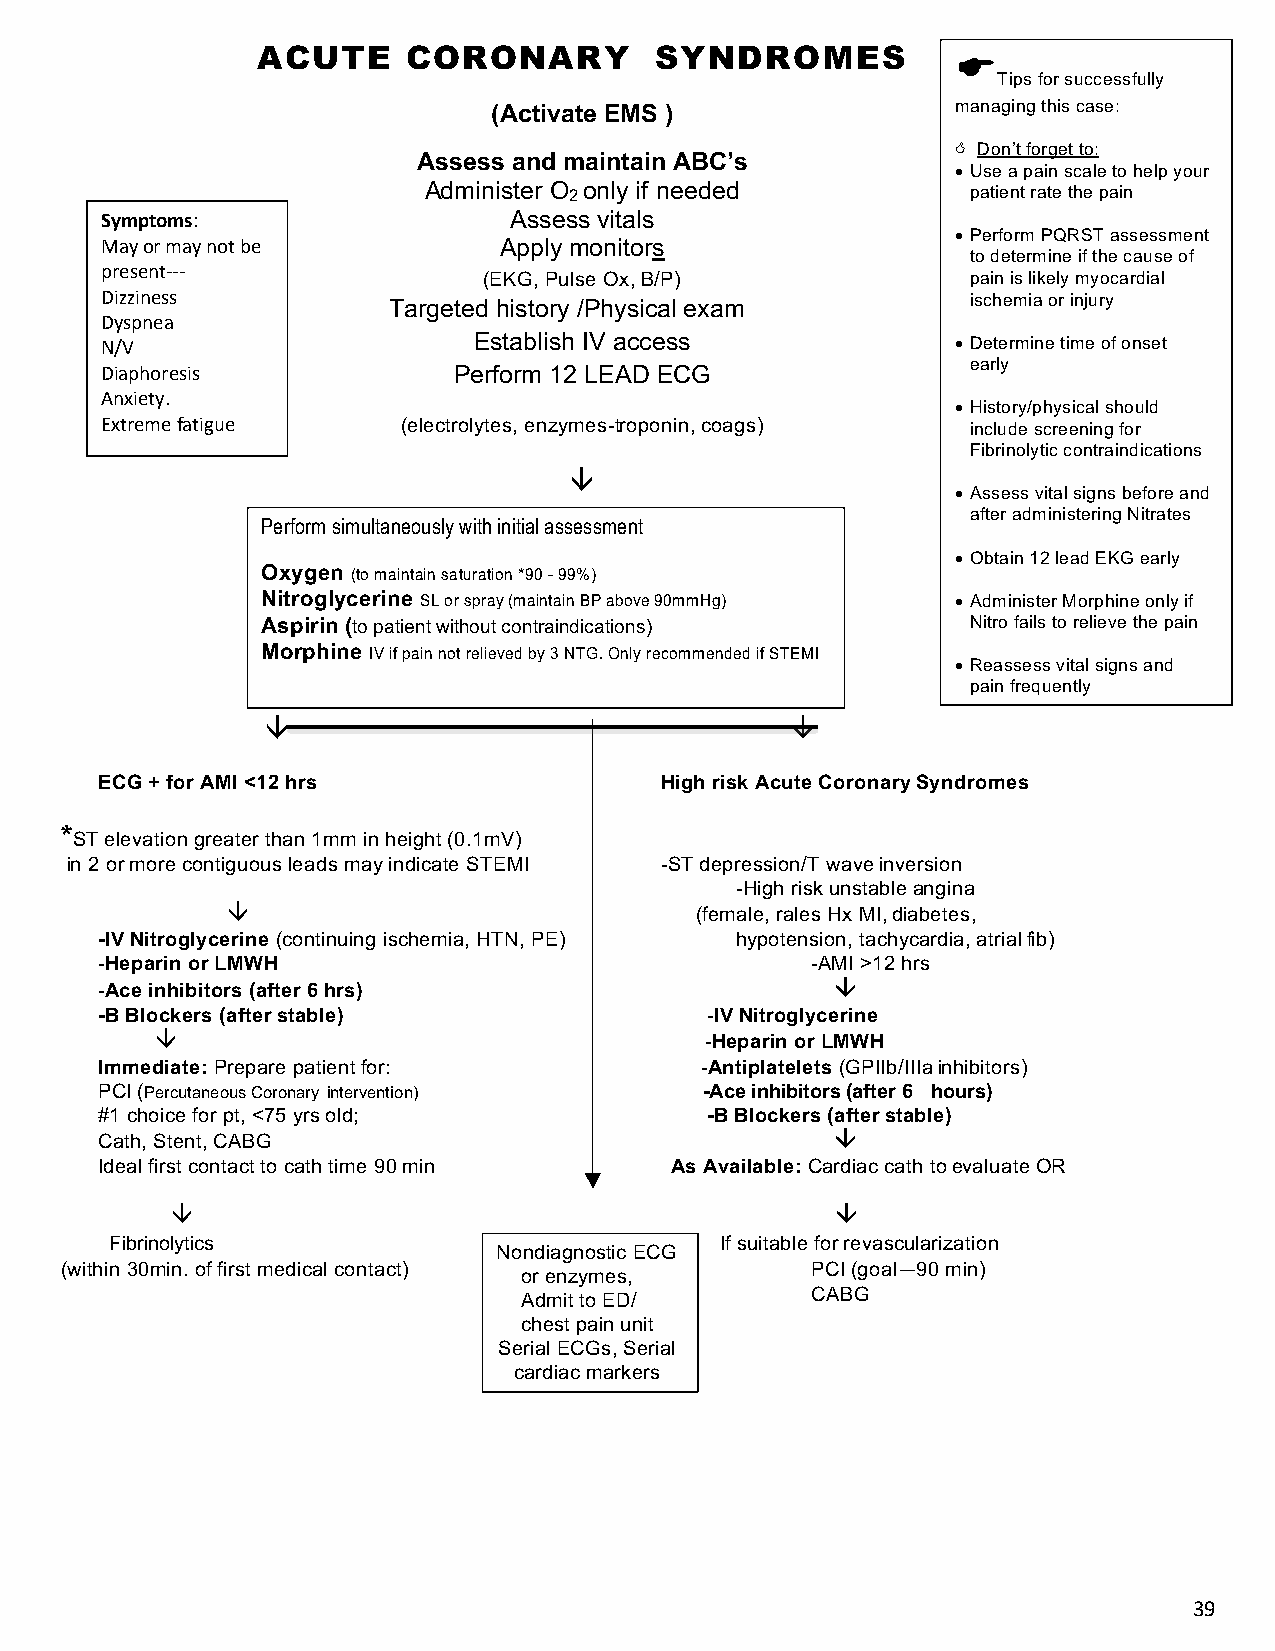
ACUTE     CORONARY        SYNDROMES           E
 Tips for successfully
 (Activate EMS )               managing this case:
 < Don’t forget to:
 Assess and maintain ABC’s
 • Use a pain scale to help your
 Administer O 2 only if needed       patient rate the pain
 Symptoms:                  Assess vitals
 • Perform PQRST assessment
 May or may not be         Apply monitors
 to determine if the cause of
 present---
 (EKG, Pulse Ox, B/P)            pain is likely myocardial
 Dizziness          Targeted history /Physical exam       ischemia or injury
 Dyspnea
 N/V                     Establish IV access             • Determine time of onset
 early
 Diaphoresis            Perform 12 LEAD ECG
 Anxiety.
 • History/physical should
 Extreme fatigue     (electrolytes, enzymes-troponin, coags) include screening for
 Fibrinolytic contraindications
 â
 • Assess vital signs before and
 after administering Nitrates
 Perform simultaneously with initial assessment
 • Obtain 12 lead EKG early
 Oxygen (to maintain saturation *90 - 99%)
 Nitroglycerine SL or spray (maintain BP above 90mmHg) • Administer Morphine only if
 Aspirin (to patient without contraindications) Nitro fails to relieve the pain
 Morphine IV if pain not relieved by 3 NTG. Only recommended if STEM I
 • Reassess vital signs and
 pain frequently
 â                                 â
 ECG + for AMI <12 hrs                High risk Acute Coronary Syndromes
 *
 ST elevation greater than 1mm in height (0.1mV)
 in 2 or more contiguous leads may indicate STEMI -ST depression/T wave inversion
 -High risk unstable angina
 â                              (female, rales Hx MI, diabetes,
 -IV Nitroglycerine (continuing ischemia, HTN, PE) hypotension, tachycardia, atrial fib)
 -Heparin or LMWH                               -AMI >12 hrs
 -Ace inhibitors (after 6 hrs)                   â
 -B Blockers (after stable)              -IV Nitroglycerine
 â                                    -Heparin or LMWH
 Immediate: Prepare patient for:        -Antiplatelets (GPIIb/IIIa inhibitors)
 PCI (Percutaneous Coronary intervention) -Ace inhibitors (after 6 hours)
 #1 choice for pt, <75 yrs old;          -B Blockers (after stable)
 Cath, Stent, CABG                               â
 Ideal first contact to cath time 90 min As Available: Cardiac cath to evaluate OR
 â                                           â
 Fibrinolytics                            If suitable for revascularization
 Nondiagnostic ECG
 (within 30min. of first medical contact)
 or enzymes,
 PCI (goal—90 min)
 Admit to ED/        CABG
 chest pain unit
 Serial ECGs, Serial
 cardiac markers
 39